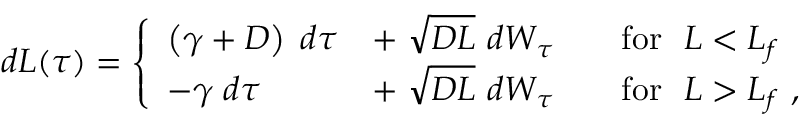
\begin{array} { r } { d L ( \tau ) = \left\{ \begin{array} { l l } { \left( \gamma + D \right) \; d \tau } & { + \; \sqrt { D L } \ d W _ { \tau } \qquad \mathrm { f o r } \ \ L < L _ { f } } \\ { - \gamma \; d \tau } & { + \; \sqrt { D L } \ d W _ { \tau } \qquad \mathrm { f o r } \ \ L > L _ { f } \ , } \end{array} \right. } \end{array}